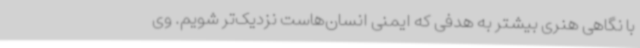
با نگاهی هنری بیشتر به هدفی که ایمنی انسان‌هاست نزدیک‌تر شویم. ‌وی